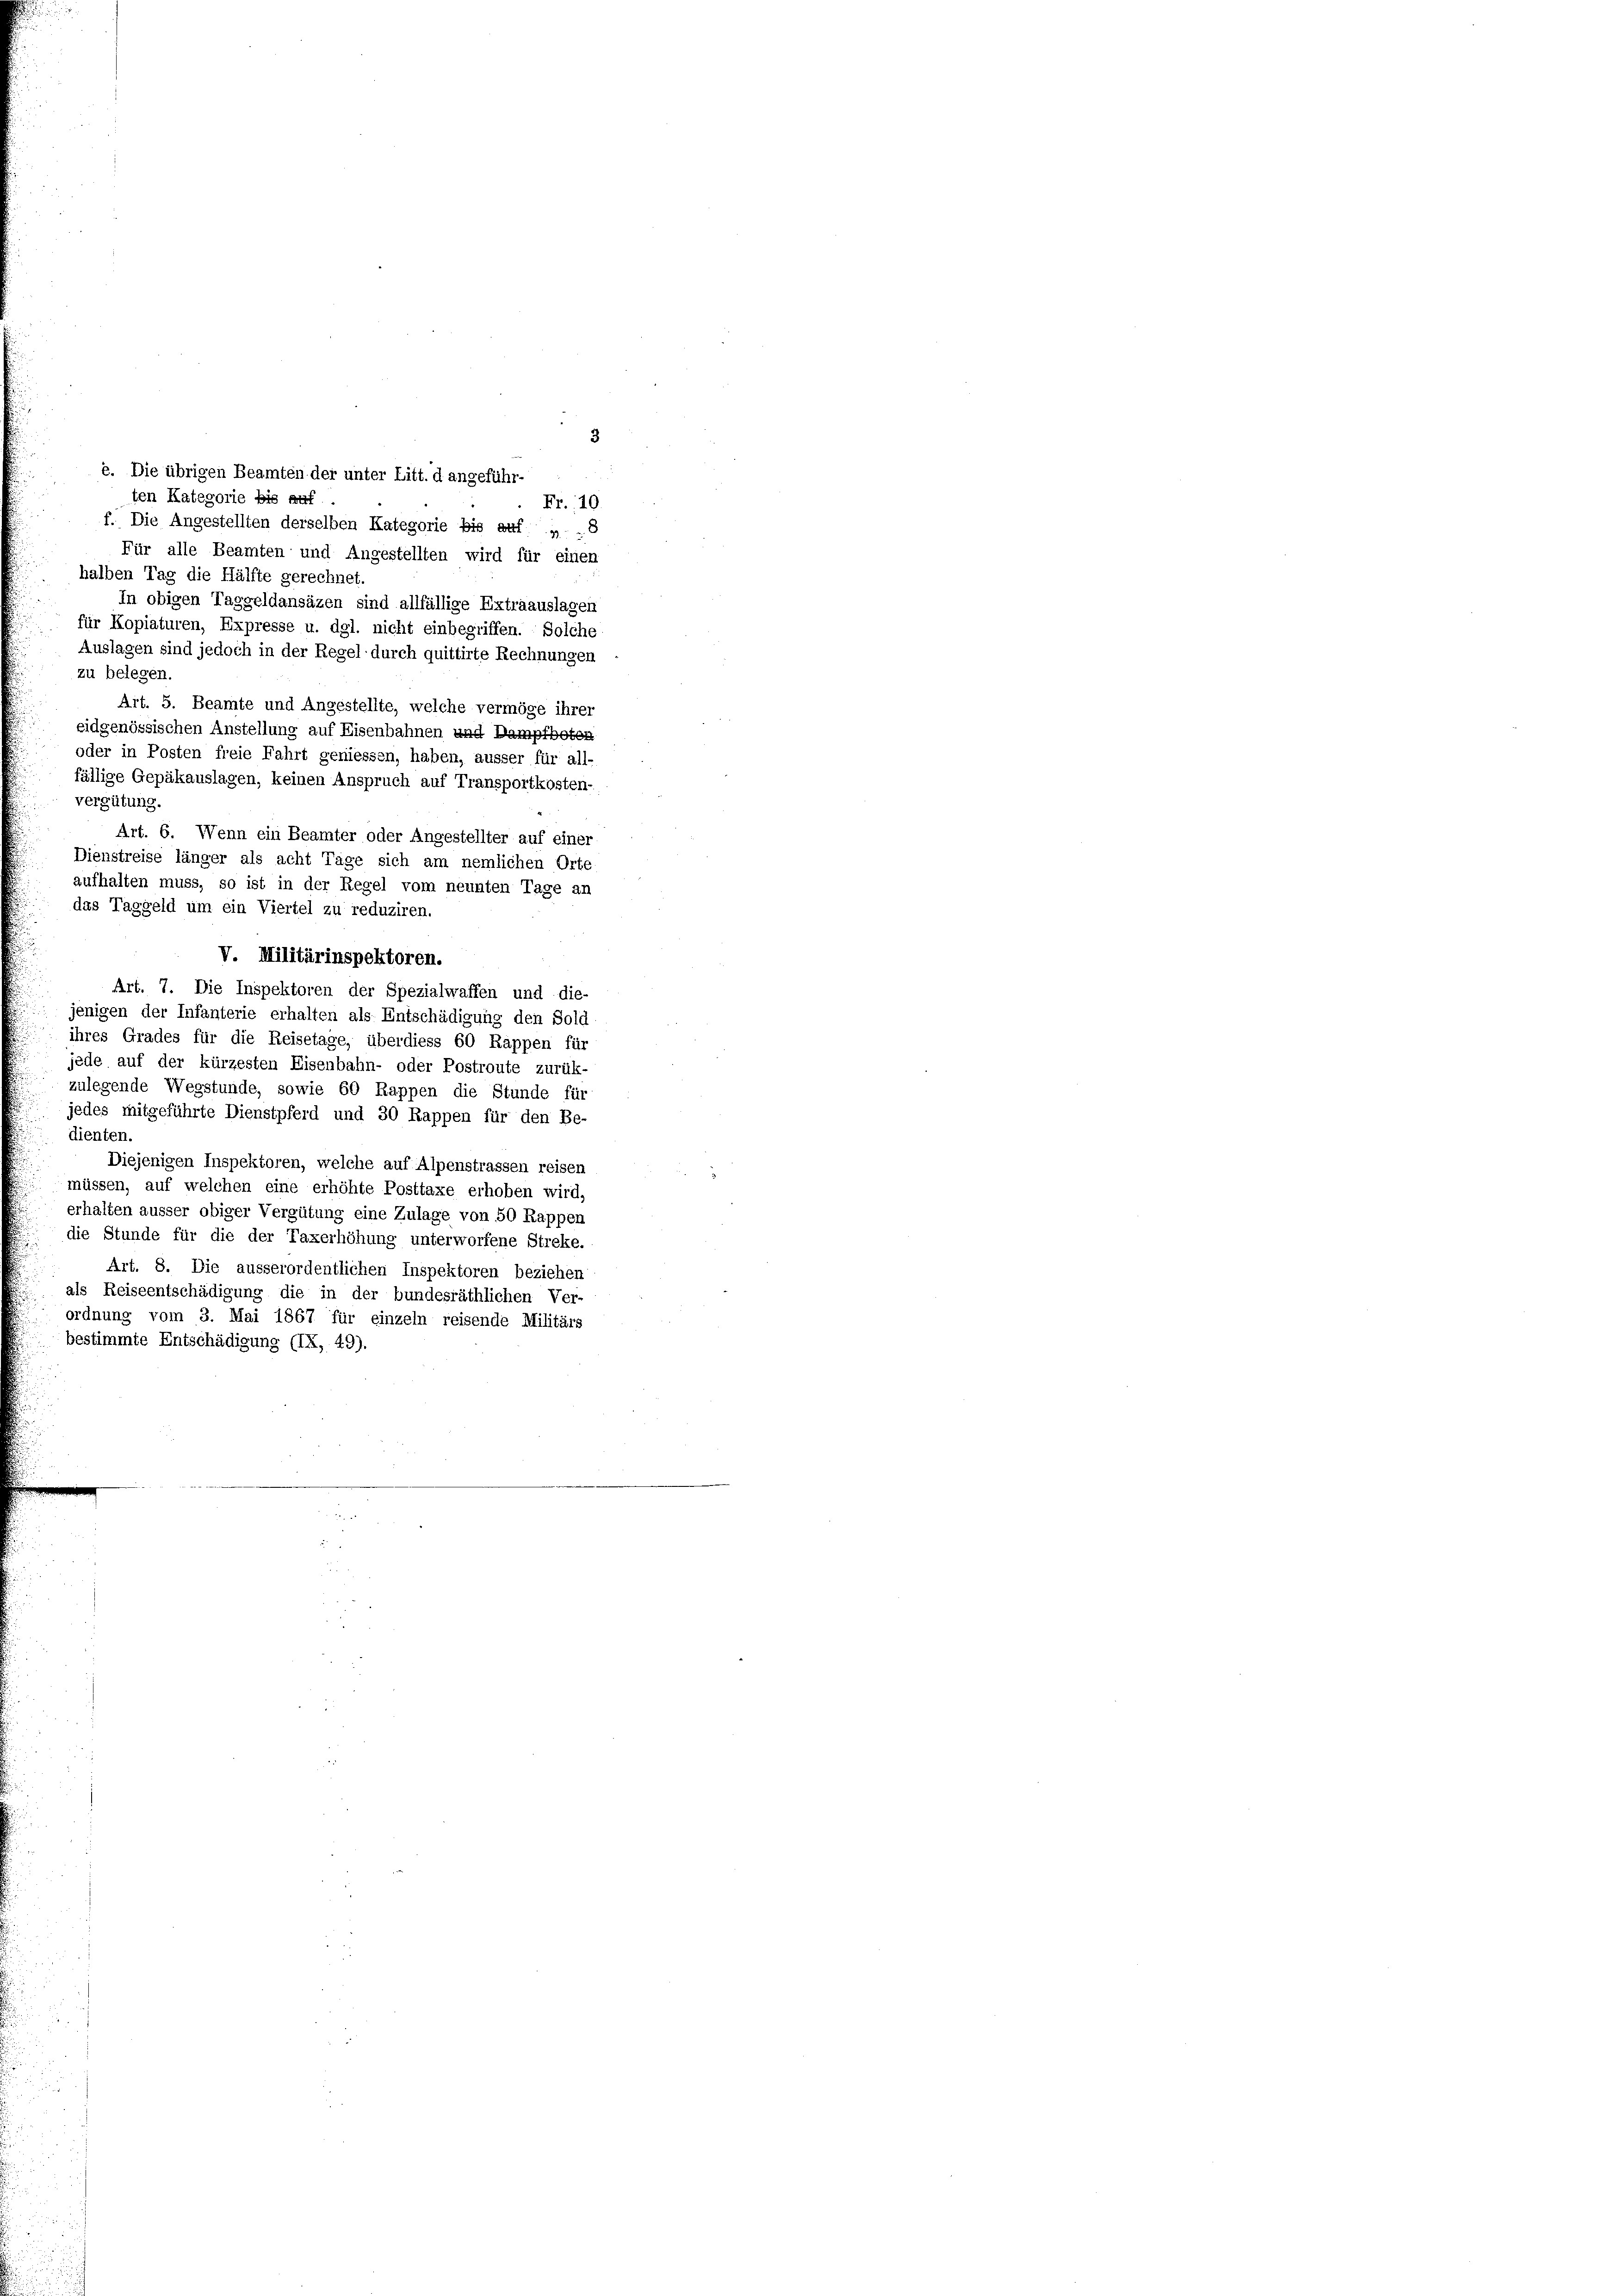
3
e. Die übrigen Beamten der unter Litt. d angeführ-
ten Kategorie bis auf
Fr. 10.
f. Die Angestellten derselben Kategorie bis auf „ . 8
Für alle Beamten und Angestellten wird für einen
halben Tag die Hälfte gerechnet.
In obigen Taggeldansäzen sind allfällige Extraauslagen
für Kopiaturen, Expresse u. dgl. nicht einbegriffen. Solche
Auslagen sind jedoch in der Regel durch quittirte Rechnungen
zu belegen.
Art. 5. Beamte und Angestellte, welche vermöge ihrer
eidgenössischen Anstellung auf Eisenbahnen und Dampfboten
oder in Posten freie Fahrt geniessen, haben, äusser für all-
fällige Gepäkauslagen, keinen Anspruch auf Transportkosten-
vergütung.
aufhalten muss, so ist in der Regel vom neunten Tage an
das Taggeld um ein Viertel zu reduziren.
V. Militärinspektoren.
Art. 7. Die Inspektoren der Spezialwaffen und die-
jenigen der Infanterie erhalten als Entschädigung den Sold
ihres Grades für die Reisetage, überdiess 60 Rappen für
jede auf der kürzesten Eisenbahn- oder Postroute zurük-
zulegende Wegstunde, sowie 60 Rappen die Stunde für
jedes mitgeführte Dienstpferd und 30 Rappen für den Be-
dienten.
Diejenigen Inspektoren, welche auf Alpenstrassen reisen
müssen, auf welchen eine erhöhte Posttaxe erhoben wird,
erhalten äusser obiger Vergütung eine Zulage von 50 Rappen
die Stunde für die der Taxerhöhung unterworfene Streke.
Art. 8. Die ausserordentlichen Inspektoren beziehen
als Reiseentschädigung die in der bundesräthlichen Ver-
ordnung vom 3. Mai 1867 für einzeln reisende Militärs
bestimmte Entschädigung (IX, 49).

Art. 6. Wenn ein Beamter oder Angestellter auf einer
Dienstreise länger als acht Tage sich am nemlichen Orte